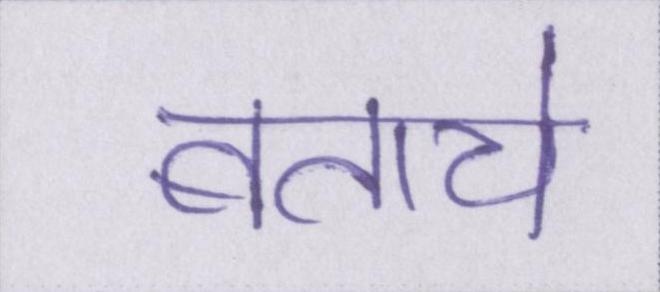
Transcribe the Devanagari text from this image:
बताये